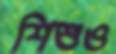
শিশুও